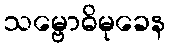
သမ္ဗောဓိမုခေန